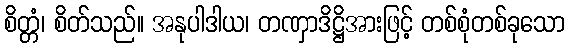
စိတ္တံ၊ စိတ်သည်။ အနုပါဒါယ၊ တဏှာဒိဋ္ဌိအားဖြင့် တစ်စုံတစ်ခုသော